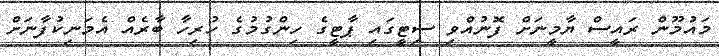
މައުމޫން ރައީސް ޔާމީނަށް ފޮނުއްވި ސިޓީގައި ޕާޓީގެ ހިންގުމުގެ ހުރިހާ ބާރެއް އެމަނިކުފާނަށް